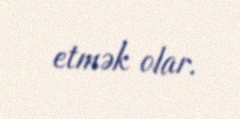
etmək olar.